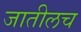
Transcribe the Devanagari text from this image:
जातीलच